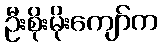
ဦးစိုးမိုးကျော်က